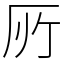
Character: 𠩄